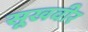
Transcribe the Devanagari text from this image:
सूखवीर